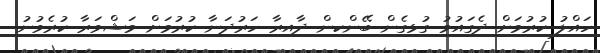
ހައްލު ކުރުމަށް ދެގައުމު ގުޅިގެން ބޭންކިން ދާއިރާ ހަރުދަނާ ކުރުމަށް މަޝްވަރާ ކުރެވުނު